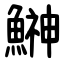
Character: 鰰